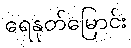
ရေနုတ်မြောင်း